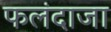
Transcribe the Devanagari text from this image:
फलंदाजा